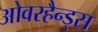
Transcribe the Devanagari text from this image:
ओवरहैन्ड्स